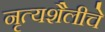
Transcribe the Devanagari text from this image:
नृत्यशैलीचे